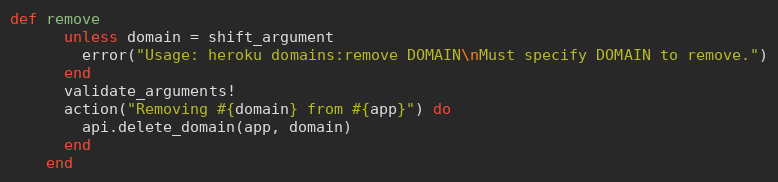
Language: Ruby
def remove
      unless domain = shift_argument
        error("Usage: heroku domains:remove DOMAIN\nMust specify DOMAIN to remove.")
      end
      validate_arguments!
      action("Removing #{domain} from #{app}") do
        api.delete_domain(app, domain)
      end
    end